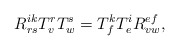
\begin{align*}R_{rs}^{ik}T_{v}^{r}T_{w}^{s}=T_{f}^{k}T_{e}^{i}R_{vw}^{ef},\end{align*}